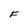
Character: F